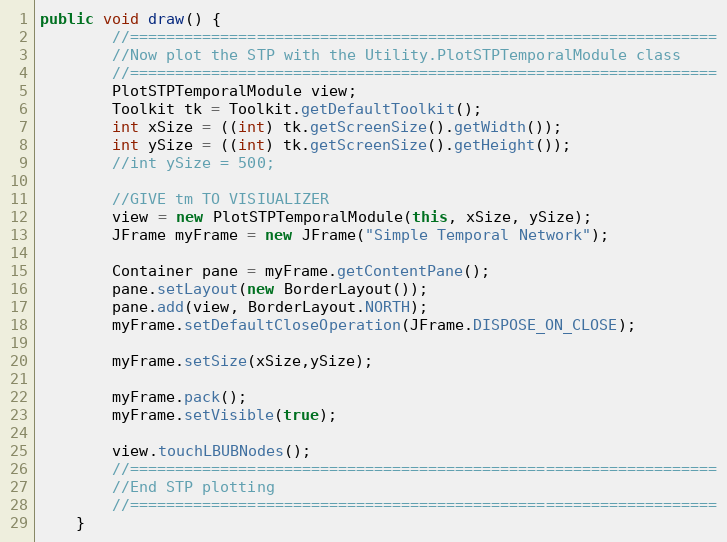
Language: Java
public void draw() {
		//=================================================================
		//Now plot the STP with the Utility.PlotSTPTemporalModule class
		//=================================================================
		PlotSTPTemporalModule view;
		Toolkit tk = Toolkit.getDefaultToolkit();
		int xSize = ((int) tk.getScreenSize().getWidth());
		int ySize = ((int) tk.getScreenSize().getHeight());
		//int ySize = 500;

		//GIVE tm TO VISIUALIZER
		view = new PlotSTPTemporalModule(this, xSize, ySize);
		JFrame myFrame = new JFrame("Simple Temporal Network");

		Container pane = myFrame.getContentPane();
		pane.setLayout(new BorderLayout());
		pane.add(view, BorderLayout.NORTH);
		myFrame.setDefaultCloseOperation(JFrame.DISPOSE_ON_CLOSE);

		myFrame.setSize(xSize,ySize);

		myFrame.pack();
		myFrame.setVisible(true);

		view.touchLBUBNodes();
		//=================================================================
		//End STP plotting
		//=================================================================
	}